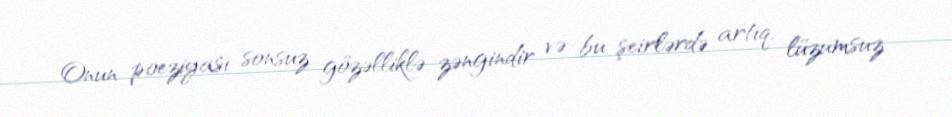
Onun poeziyası sonsuz gözəlliklə zəngindir və bu şeirlərdə artıq, lüzumsuz